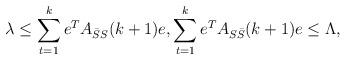
LaTeX: \begin{align*} \lambda\leq\sum_{t=1}^ke^TA_{\bar{S}S}(k+1)e,\sum_{t=1}^ke^TA_{S\bar{S}}(k+1)e\leq \Lambda,\end{align*}